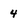
Character: 4